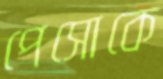
পেসোকে